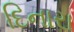
દિનારા